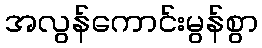
အလွန်ကောင်းမွန်စွာ